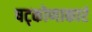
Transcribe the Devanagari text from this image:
षट्कोणाकारं